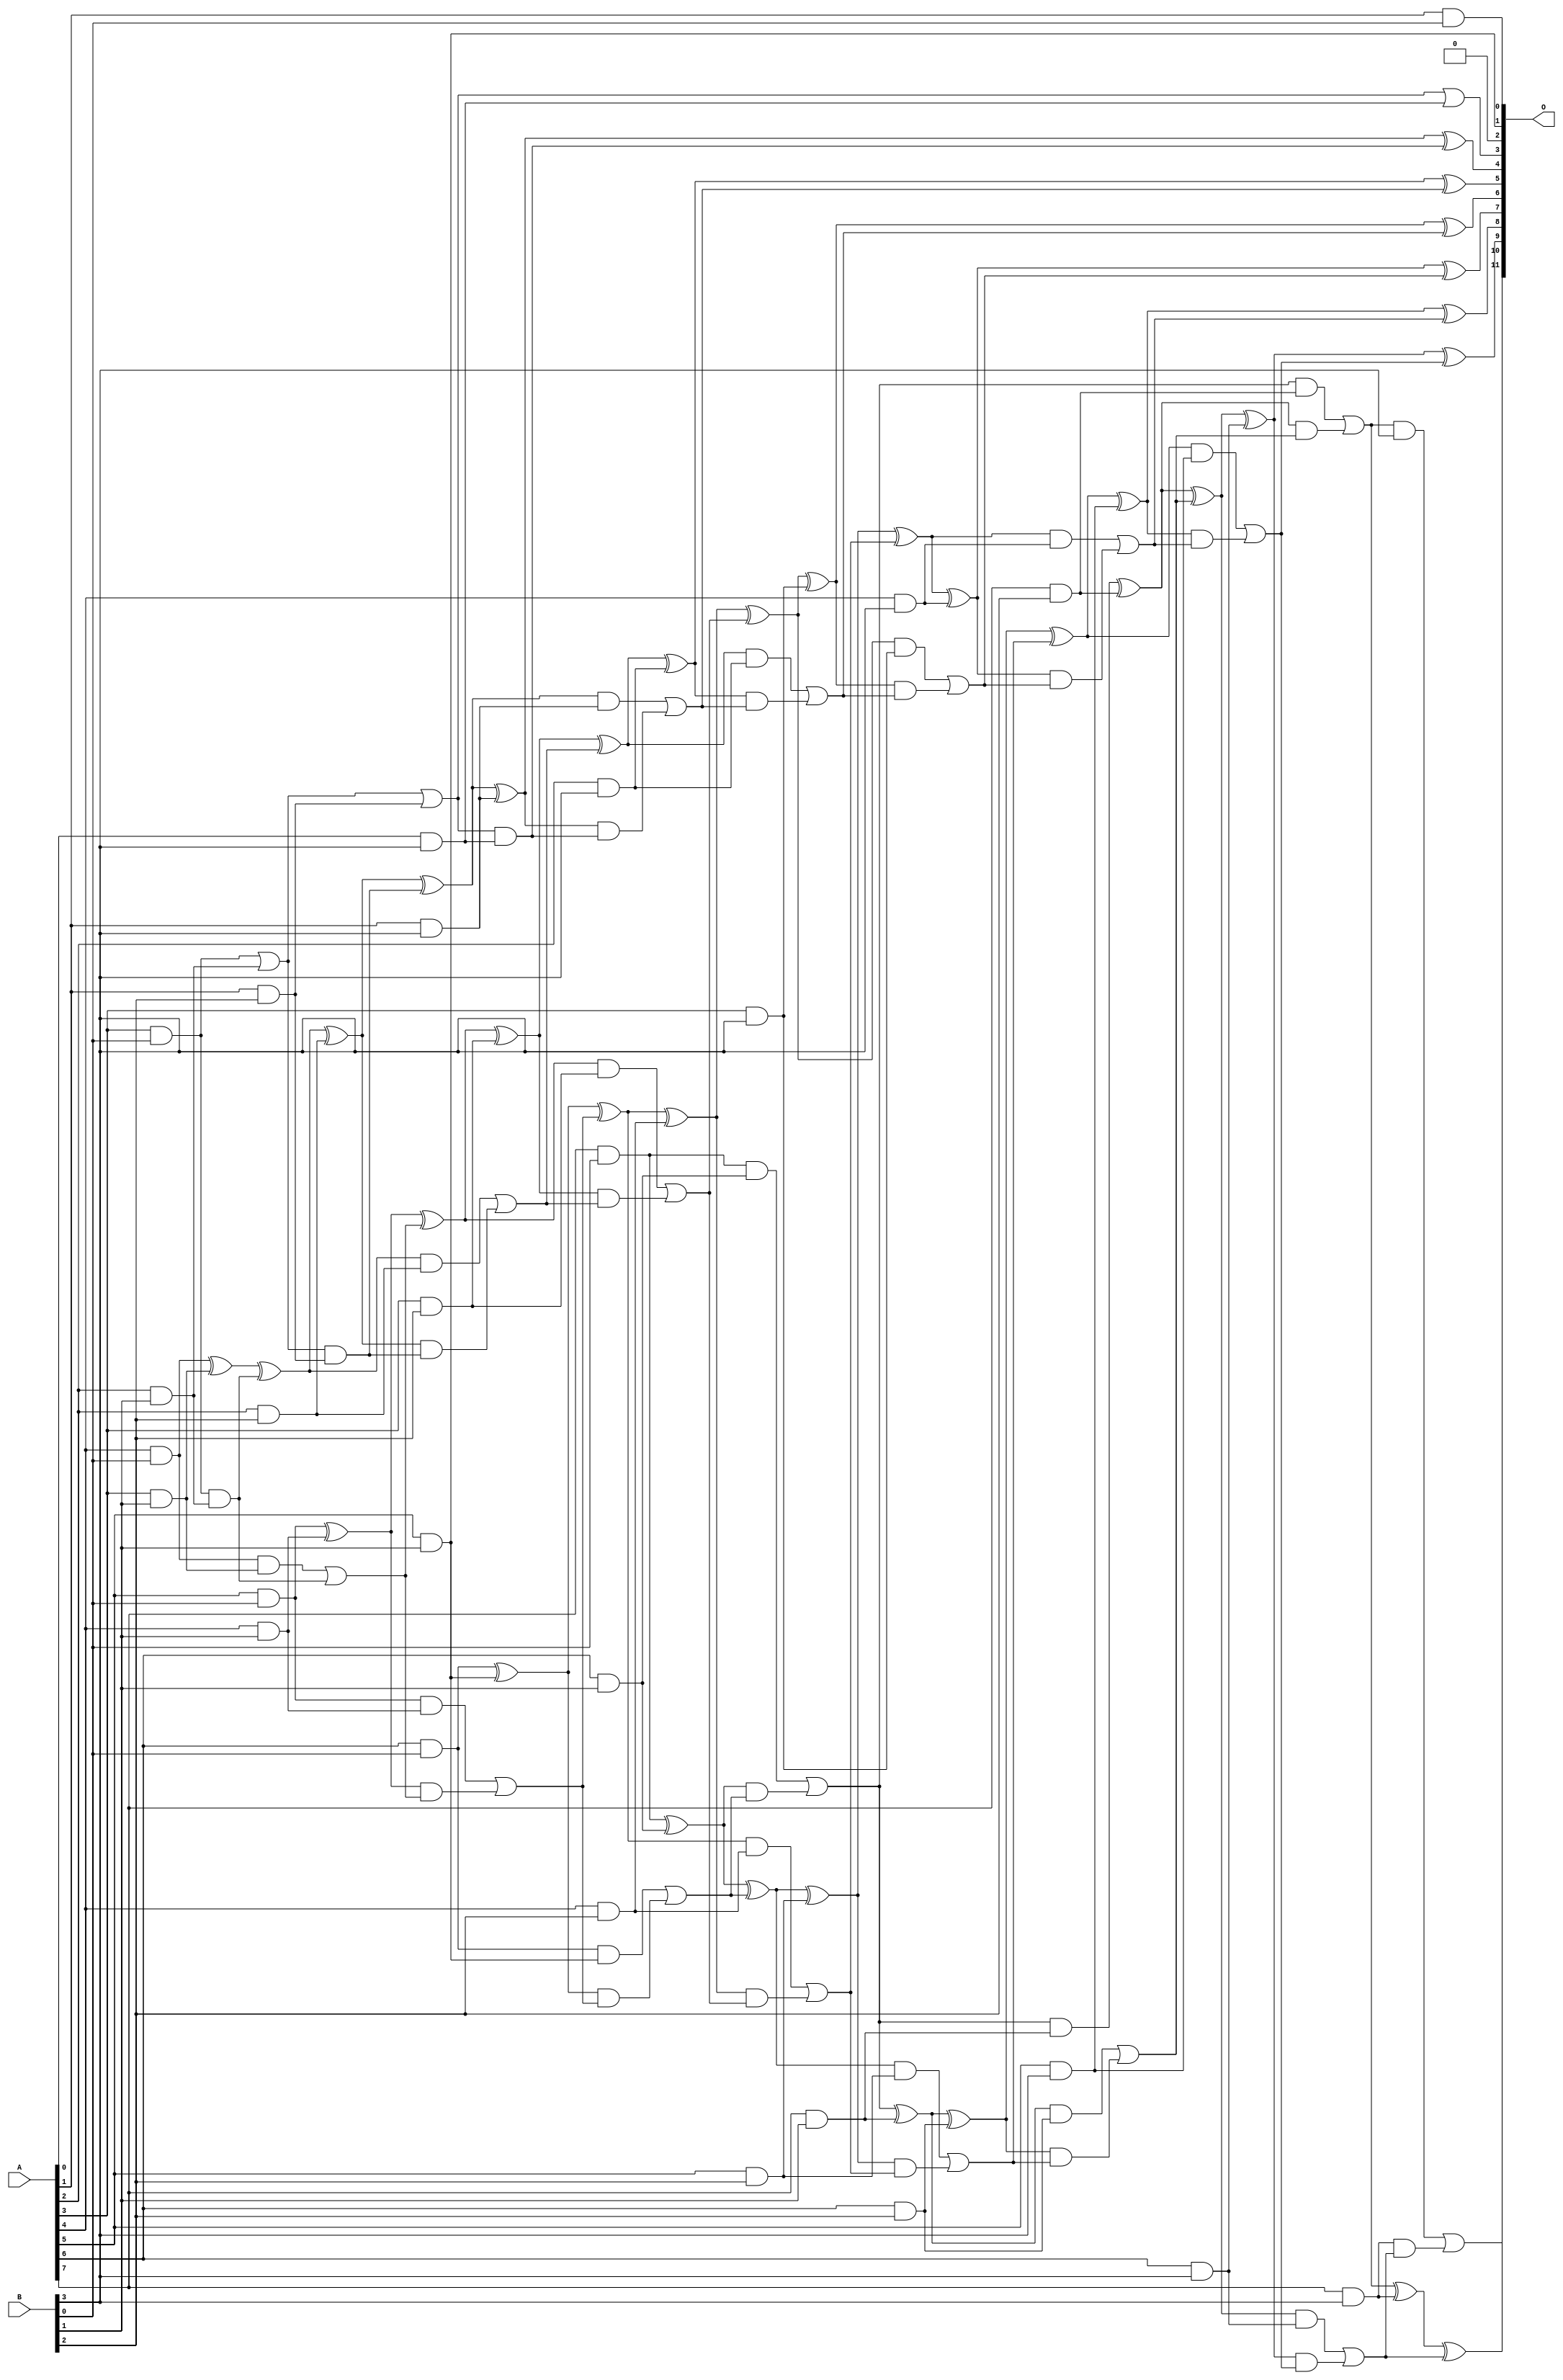
// This program was cloned from: https://github.com/ehw-fit/evoapproxlib
// License: MIT License

/***
* This code is a part of EvoApproxLib library (ehw.fit.vutbr.cz/approxlib) distributed under The MIT License.
* When used, please cite the following article(s): V. Mrazek, L. Sekanina, Z. Vasicek "Libraries of Approximate Circuits: Automated Design and Application in CNN Accelerators" IEEE Journal on Emerging and Selected Topics in Circuits and Systems, Vol 10, No 4, 2020 
* This file contains a circuit from a sub-set of pareto optimal circuits with respect to the pwr and ep parameters
***/
// MAE% = 0.073 %
// MAE = 3.0 
// WCE% = 0.29 %
// WCE = 12 
// WCRE% = 100.00 %
// EP% = 70.90 %
// MRE% = 1.67 %
// MSE = 16 
// PDK45_PWR = 0.114 mW
// PDK45_AREA = 284.4 um2
// PDK45_DELAY = 1.00 ns

module mul8x4u_577 (
    A,
    B,
    O
);

input [7:0] A;
input [3:0] B;
output [11:0] O;

wire sig_12,sig_15,sig_16,sig_17,sig_18,sig_19,sig_22,sig_23,sig_24,sig_25,sig_26,sig_27,sig_35,sig_36,sig_40,sig_41,sig_43,sig_44,sig_45,sig_46;
wire sig_47,sig_48,sig_49,sig_50,sig_51,sig_52,sig_53,sig_54,sig_55,sig_56,sig_57,sig_58,sig_59,sig_60,sig_61,sig_63,sig_64,sig_65,sig_66,sig_67;
wire sig_68,sig_69,sig_72,sig_73,sig_77,sig_78,sig_79,sig_80,sig_81,sig_82,sig_83,sig_84,sig_85,sig_86,sig_87,sig_88,sig_89,sig_90,sig_91,sig_92;
wire sig_93,sig_94,sig_95,sig_96,sig_97,sig_98,sig_99,sig_100,sig_101,sig_102,sig_103,sig_104,sig_105,sig_106,sig_107,sig_108,sig_109,sig_110,sig_111,sig_112;
wire sig_113,sig_114,sig_115,sig_116,sig_117,sig_118,sig_119,sig_120,sig_121,sig_122,sig_123,sig_124,sig_125,sig_126,sig_127,sig_128,sig_129,sig_130,sig_131,sig_132;
wire sig_133,sig_134,sig_135,sig_136,sig_137,sig_138,sig_139,sig_140,sig_141,sig_142,sig_143,sig_144,sig_145,sig_146,sig_147,sig_148,sig_149,sig_150,sig_151;

assign sig_12 = A[1] & B[0];
assign sig_15 = A[3] & B[0];
assign sig_16 = A[4] & B[0];
assign sig_17 = A[5] & B[0];
assign sig_18 = A[6] & B[0];
assign sig_19 = A[7] & B[0];
assign sig_22 = A[2] & B[1];
assign sig_23 = A[3] & B[1];
assign sig_24 = A[4] & B[1];
assign sig_25 = A[5] & B[1];
assign sig_26 = A[6] & B[1];
assign sig_27 = A[7] & B[1];
assign sig_35 = sig_15 | sig_22;
assign sig_36 = sig_15 & sig_22;
assign sig_40 = sig_16 ^ sig_23;
assign sig_41 = sig_16 & sig_23;
assign sig_43 = sig_40 ^ sig_36;
assign sig_44 = sig_41 | sig_36;
assign sig_45 = sig_17 ^ sig_24;
assign sig_46 = sig_17 & sig_24;
assign sig_47 = sig_45 & sig_44;
assign sig_48 = sig_45 ^ sig_44;
assign sig_49 = sig_46 | sig_47;
assign sig_50 = sig_18 ^ sig_25;
assign sig_51 = sig_18 & sig_25;
assign sig_52 = sig_50 & sig_49;
assign sig_53 = sig_50 ^ sig_49;
assign sig_54 = sig_51 | sig_52;
assign sig_55 = sig_19 ^ sig_26;
assign sig_56 = sig_19 & sig_26;
assign sig_57 = sig_55 & sig_54;
assign sig_58 = sig_55 ^ sig_54;
assign sig_59 = sig_56 | sig_57;
assign sig_60 = sig_59 & sig_27;
assign sig_61 = sig_59 ^ sig_27;
assign sig_63 = A[1] & B[2];
assign sig_64 = A[2] & B[2];
assign sig_65 = A[3] & B[2];
assign sig_66 = A[4] & B[2];
assign sig_67 = A[5] & B[2];
assign sig_68 = A[6] & B[2];
assign sig_69 = A[7] & B[2];
assign sig_72 = sig_35 | sig_63;
assign sig_73 = sig_35 & sig_63;
assign sig_77 = sig_43 ^ sig_64;
assign sig_78 = sig_43 & sig_64;
assign sig_79 = sig_77 & sig_73;
assign sig_80 = sig_77 ^ sig_73;
assign sig_81 = sig_78 | sig_79;
assign sig_82 = sig_48 ^ sig_65;
assign sig_83 = sig_48 & sig_65;
assign sig_84 = sig_82 & sig_81;
assign sig_85 = sig_82 ^ sig_81;
assign sig_86 = sig_83 | sig_84;
assign sig_87 = sig_53 ^ sig_66;
assign sig_88 = sig_53 & sig_66;
assign sig_89 = sig_87 & sig_86;
assign sig_90 = sig_87 ^ sig_86;
assign sig_91 = sig_88 | sig_89;
assign sig_92 = sig_58 ^ sig_67;
assign sig_93 = sig_58 & sig_67;
assign sig_94 = sig_92 & sig_91;
assign sig_95 = sig_92 ^ sig_91;
assign sig_96 = sig_93 | sig_94;
assign sig_97 = sig_61 ^ sig_68;
assign sig_98 = sig_61 & sig_68;
assign sig_99 = sig_97 & sig_96;
assign sig_100 = sig_97 ^ sig_96;
assign sig_101 = sig_98 | sig_99;
assign sig_102 = sig_60 ^ sig_69;
assign sig_103 = sig_59 & sig_69;
assign sig_104 = sig_102 & sig_101;
assign sig_105 = sig_102 ^ sig_101;
assign sig_106 = sig_103 | sig_104;
assign sig_107 = A[0] & B[3];
assign sig_108 = A[1] & B[3];
assign sig_109 = A[2] & B[3];
assign sig_110 = A[3] & B[3];
assign sig_111 = A[4] & B[3];
assign sig_112 = A[5] & B[3];
assign sig_113 = A[6] & B[3];
assign sig_114 = A[7] & B[3];
assign sig_115 = sig_72 & sig_107;
assign sig_116 = sig_72 | sig_107;
assign sig_117 = sig_80 ^ sig_108;
assign sig_118 = sig_80 & sig_108;
assign sig_119 = sig_117 & sig_115;
assign sig_120 = sig_117 ^ sig_115;
assign sig_121 = sig_118 | sig_119;
assign sig_122 = sig_85 ^ sig_109;
assign sig_123 = sig_85 & sig_109;
assign sig_124 = sig_122 & sig_121;
assign sig_125 = sig_122 ^ sig_121;
assign sig_126 = sig_123 | sig_124;
assign sig_127 = sig_90 ^ sig_110;
assign sig_128 = sig_90 & sig_110;
assign sig_129 = sig_127 & sig_126;
assign sig_130 = sig_127 ^ sig_126;
assign sig_131 = sig_128 | sig_129;
assign sig_132 = sig_95 ^ sig_111;
assign sig_133 = sig_95 & sig_111;
assign sig_134 = sig_132 & sig_131;
assign sig_135 = sig_132 ^ sig_131;
assign sig_136 = sig_133 | sig_134;
assign sig_137 = sig_100 ^ sig_112;
assign sig_138 = sig_100 & sig_112;
assign sig_139 = sig_137 & sig_136;
assign sig_140 = sig_137 ^ sig_136;
assign sig_141 = sig_138 | sig_139;
assign sig_142 = sig_105 ^ sig_113;
assign sig_143 = sig_105 & sig_113;
assign sig_144 = sig_142 & sig_141;
assign sig_145 = sig_142 ^ sig_141;
assign sig_146 = sig_143 | sig_144;
assign sig_147 = sig_106 ^ sig_114;
assign sig_148 = sig_106 & B[3];
assign sig_149 = sig_114 & sig_146;
assign sig_150 = sig_147 ^ sig_146;
assign sig_151 = sig_148 | sig_149;

assign O[11] = sig_151;
assign O[10] = sig_150;
assign O[9] = sig_145;
assign O[8] = sig_140;
assign O[7] = sig_135;
assign O[6] = sig_130;
assign O[5] = sig_125;
assign O[4] = sig_120;
assign O[3] = sig_116;
assign O[2] = 1'b0;
assign O[1] = sig_25;
assign O[0] = sig_12;

endmodule